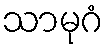
သာမုဂံ